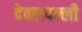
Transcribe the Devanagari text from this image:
देवलपल्ली